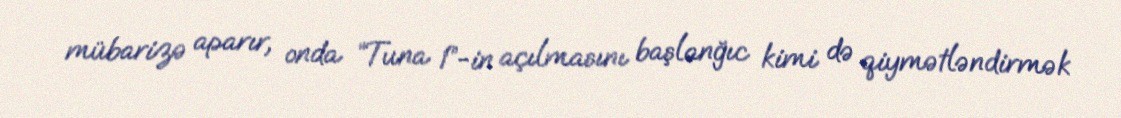
mübarizə aparır, onda “Tuna 1”-in açılmasını başlanğıc kimi də qiymətləndirmək